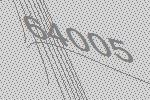
64005